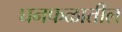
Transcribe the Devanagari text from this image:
घनफळातील